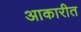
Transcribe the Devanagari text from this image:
आकारीत